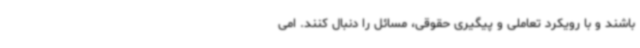
باشند و با رویکرد تعاملی و پیگیری حقوقی، مسائل را دنبال کنند. امی